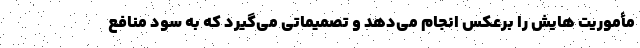
مأموریت هایش را برعکس انجام می‌دهد و تصمیماتی می‌گیرد که به سود منافع